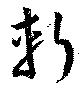
斬